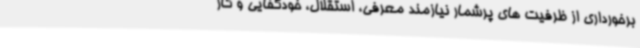
برخورداری از ظرفیت های پرشمار نیازمند معرفی، استقلال، خودکفایی و کار